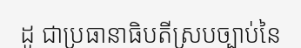
ដូ ជាប្រធានាធិបតីស្របច្បាប់នៃ